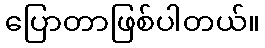
ပြောတာဖြစ်ပါတယ်။